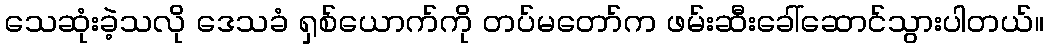
သေဆုံးခဲ့သလို ဒေသခံ ရှစ်ယောက်ကို တပ်မတော်က ဖမ်းဆီးခေါ်ဆောင်သွားပါတယ်။